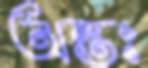
অন্তঃ